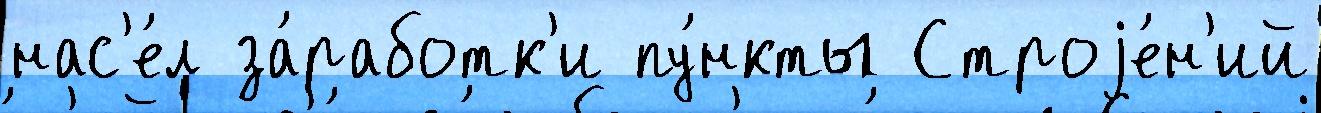
нас'е́л за́работк'и пу́нкты Строjе́н'ий